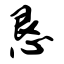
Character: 恳